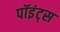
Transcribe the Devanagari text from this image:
पॉइंट्‌स